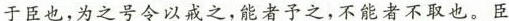
于臣也，为之号令以戒之，能者予之，不能者不取也。臣